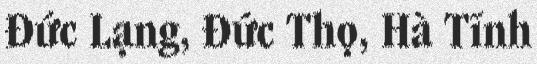
Đức Lạng, Đức Thọ, Hà Tĩnh